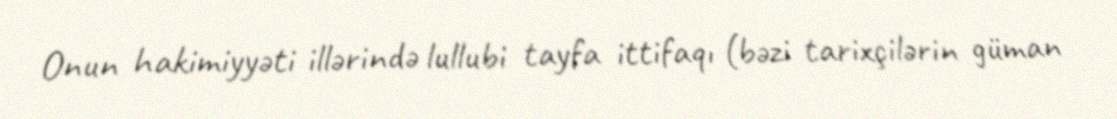
Onun hakimiyyəti illərində lullubi tayfa ittifaqı (bəzi tarixçilərin güman